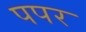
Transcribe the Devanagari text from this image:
पपर